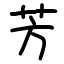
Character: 芳